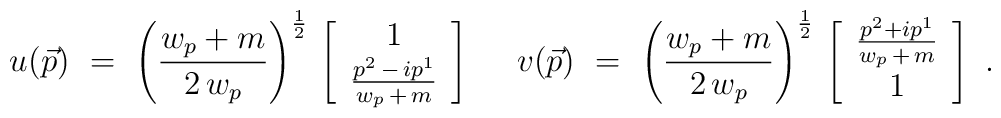
u(\vec{p})\,\,=\,\, \left( \frac{w_p+m}{2\,w_p}\right)^{\frac {1}{2}}\,\left[ \begin{array}{c} 1 \\\frac{p^{2}\,-\,ip^{1}}{w_p\,+\,m} \end{array} \right] \,\,\quad v(\vec{p})\,\,=\,\, \left( \frac{w_p+m}{2\,w_p}\right)^{\frac {1}{2}}\,\left[ \begin{array}{c} \frac{p^{2}+i p^{1}}{w_p\,+\,m} \\1\end{array} \right] \,\,.